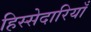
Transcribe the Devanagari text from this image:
हिस्सेदारियाँ